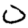
Digit: 0